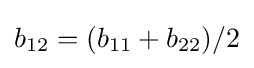
b_{12}=(b_{11}+b_{22})/2